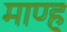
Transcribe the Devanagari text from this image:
माण्ह